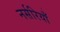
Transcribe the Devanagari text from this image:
नर्सरियाँ